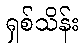
ရှစ်သိန်း